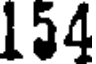
154